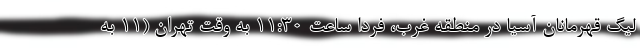
لیگ قهرمانان آسیا در منطقه غرب، فردا ساعت ۱۱:۳۰ به وقت تهران (۱۱ به